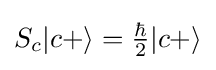
{\textstyle S_{c}|c+\rangle ={\frac {\hbar }{2}}|c+\rangle }